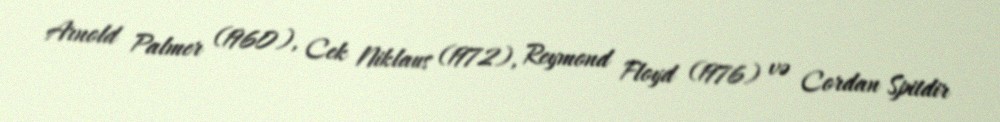
Arnold Palmer (1960), Cek Niklaus (1972), Reymond Floyd (1976) və Cordan Spitdir